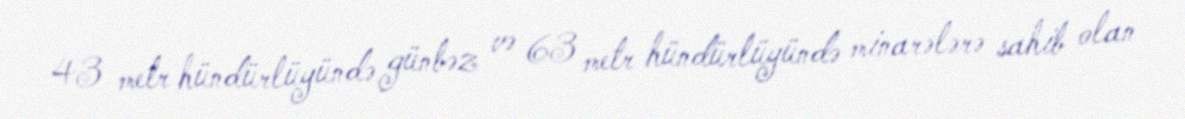
43 metr hündürlüyündə günbəz və 63 metr hündürlüyündə minarələrə sahib olan